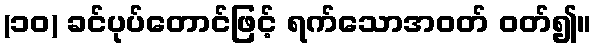
(၁၀) ခင်ပုပ်တောင်ဖြင့် ရက်သောအဝတ် ဝတ်၍။